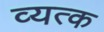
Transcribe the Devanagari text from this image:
व्यत्क